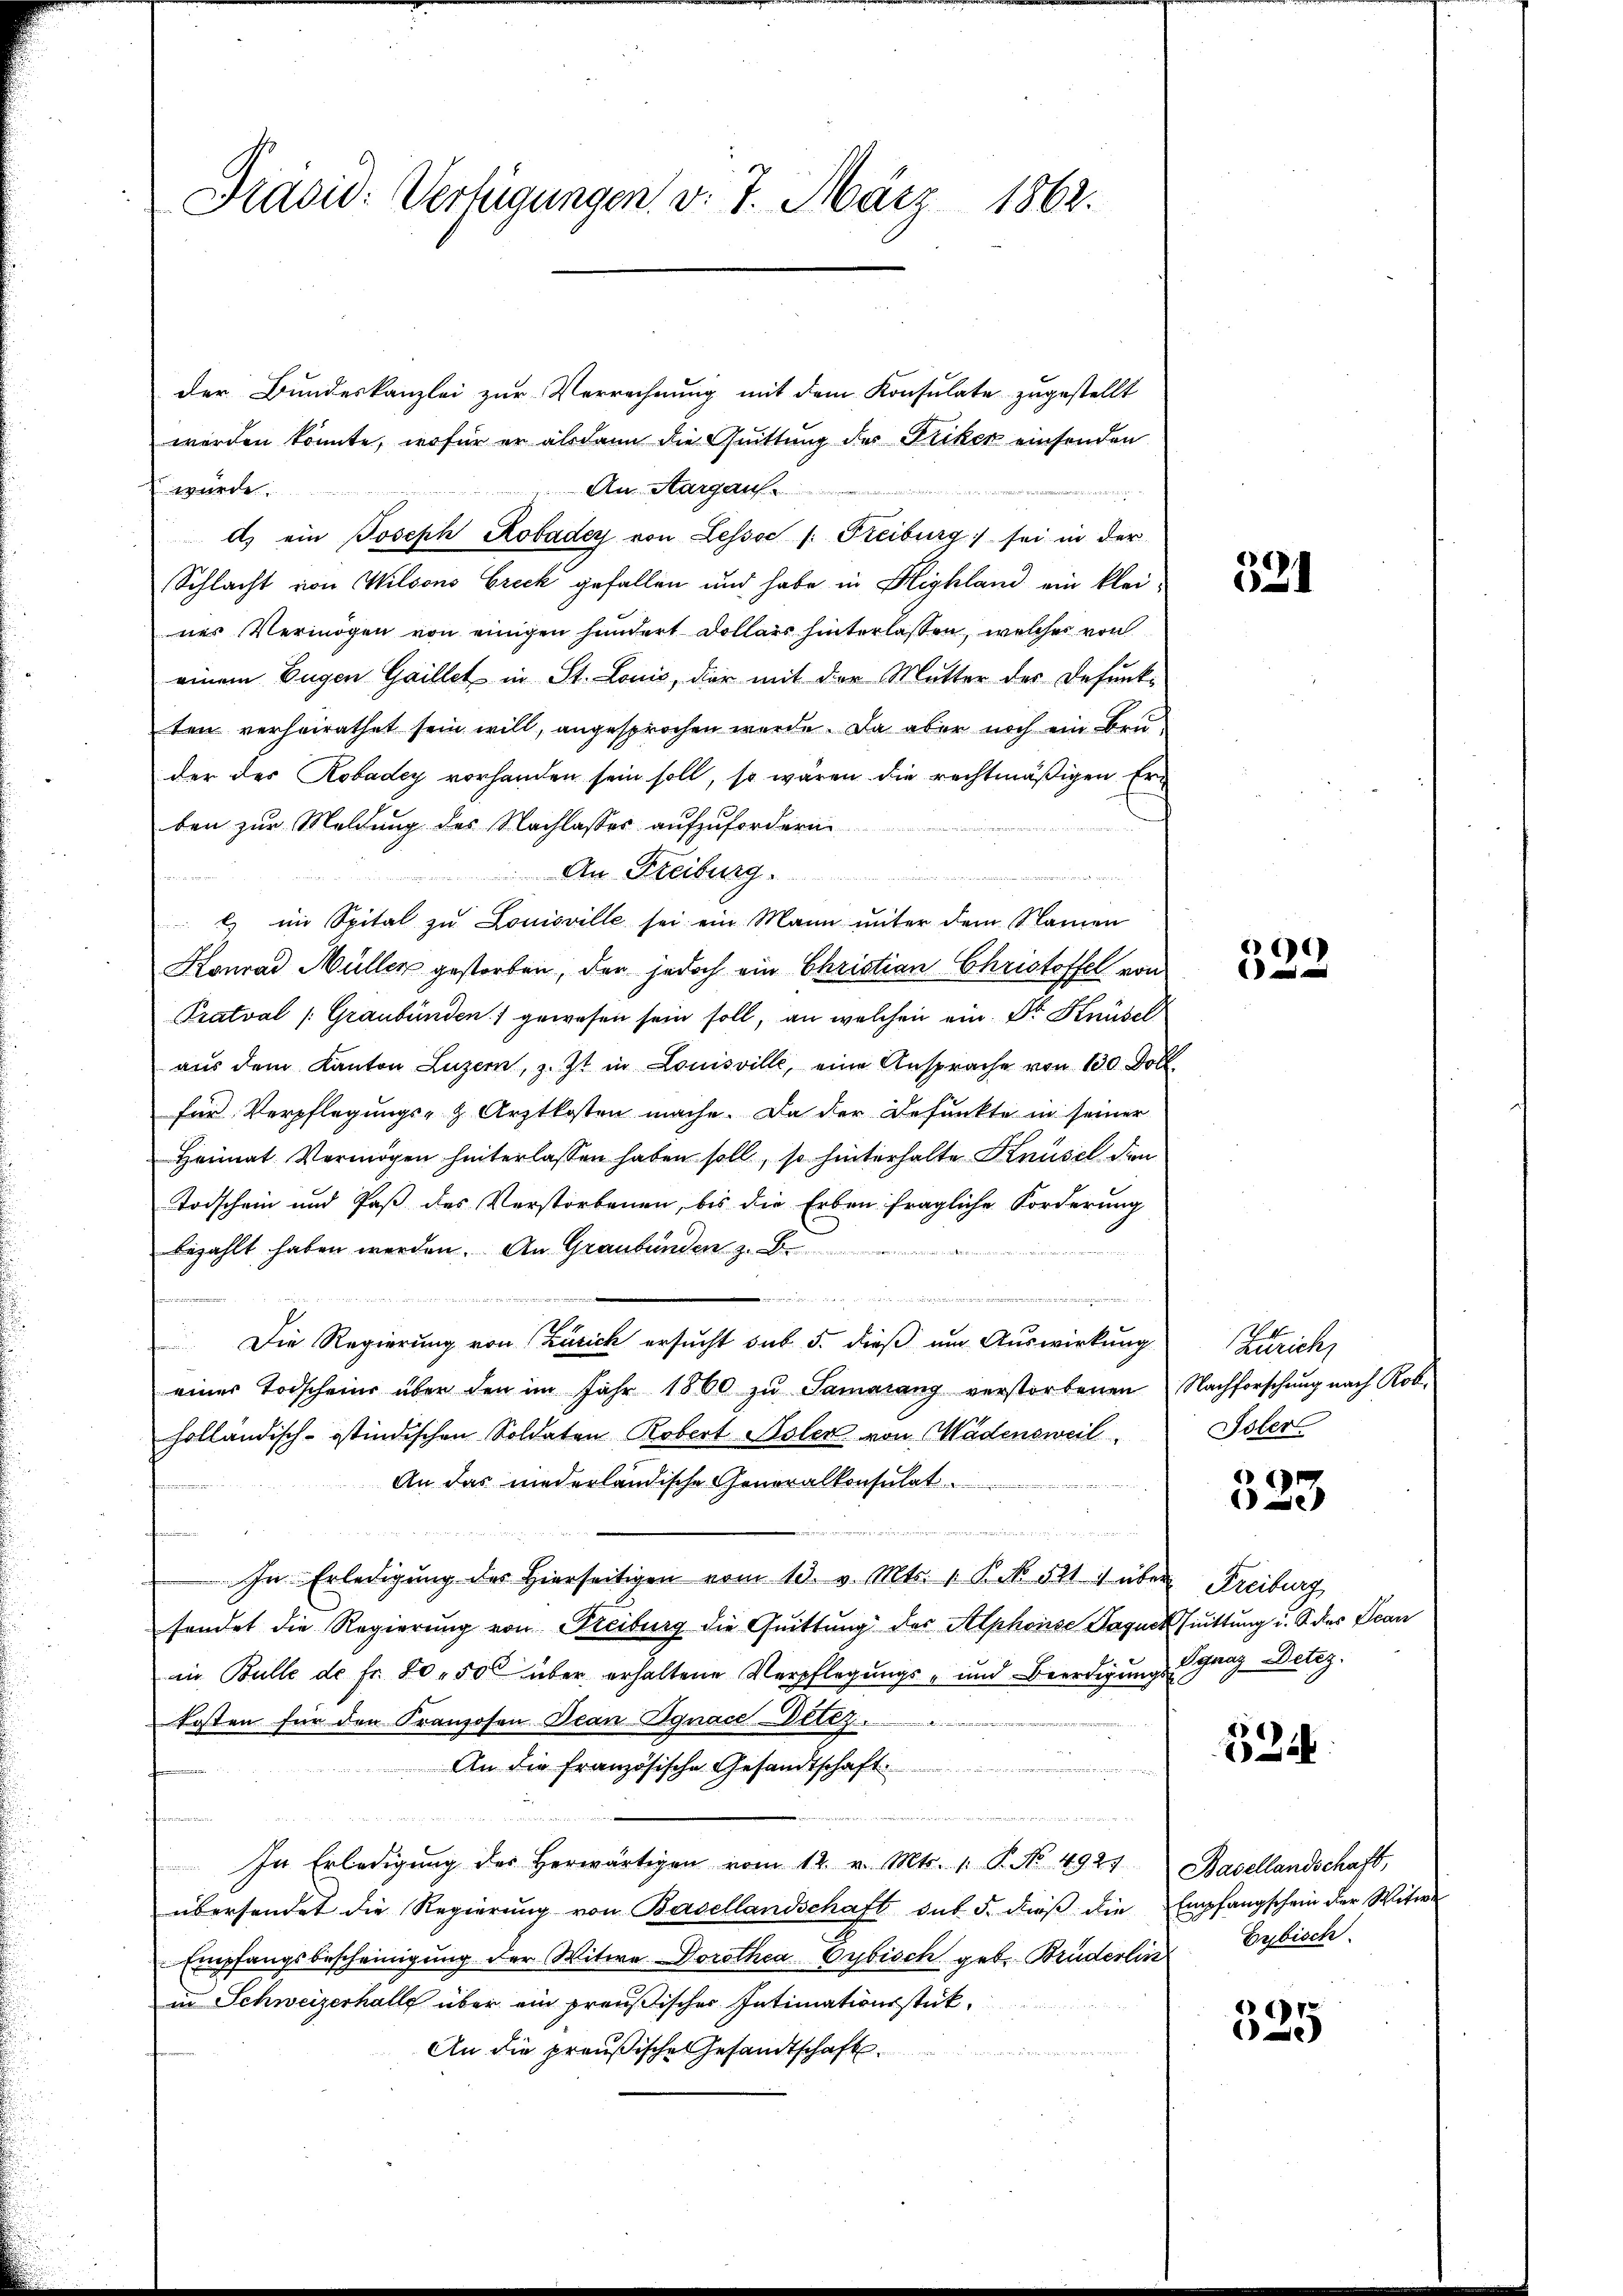
Prasid: Verfügungen v. 7. März 1862.

der Bundeskanzlei zur Verrechnung mit dem Konsulate zugestellt
worden könnte, wofür er alsdann die Quittung des Friker einsenden
An Aargau
wurde.

d) ein Joseph Robadey von Lessoc /: Freiburg) sei in der
Schlacht von Wilsons Creck gefallen und habe in Highland ein kleines Vermögen von einigen hundert Dollars hinterlassen, welcher von
einem Eugen Gaillet in St. Louis, der mit der Mutter der Defunk-
ten verheirathet sein will, angesprochen wurde. Da aber noch ein Bruder des Robadey vorhanden sein soll, so wären die rechtmäßigen Erben zur Meldung des Nachlasses aufzufordern
An Freiburg.
e
a
) im Spital zu Louisville sei ein Mann unter dem Namen
Konrad Müller gestorben, der jedoch ein Christian Christoffel von
Pratval (Graubünden 1 gewesen sein soll, an welchen ein Dr Knüsel
aus dem Kanton Luzern, Zt in Louisville, eine Ansprache von 130 Doll
für Verpflegungs- & Arztkosten mache. Da der Befunkte in seiner
Heimat Vermögen hinterlassen haben soll, so hinterhalte Knüsel den
Todschein und Paß des Verstorbenen, bis die Erben fragliche Forderung
bezahlt haben werden. An Graubünden z. B.
ekam er in und einen wir
Die Regierung von Zusick ersucht sub 5. dieß um Auswirkung
einer Todscheine über den im Jahr 1860 zŭ Samerang verstorbenen Nachforschung nach Rob
holländisch-ostindischen Soldaten Robert Solen von Wädensweil
An das niederländische Generalkonsulat
n
In Erledigung des Hierseitigen vom 13. v. Mts. 1 Pk 521 f über Freiburg
sendet die Regierung von Freiburg die Quittung des Alphonse Jaguck fuittung u. S. des Jean
in Bulle de fr. 80. 500 über erhaltene Verpflegungs- und Beerdigung Ignaz Detez.
kosten für den Franzosen Jean Egnace-Bettz
An die französische Gesandtschaft
tidee d
In Erledigung des herwärtigen vom 12. v. Mts. 1. P. No. 4927
übersendet die Regierung von Basellandschaft des 5. dieß die Empfangschein der Witwe
Empfangsbescheinigung der Witwe Dorothea Vybisch geb. Brüderlin Eybisch
in Schweizerhalle über ein preußischer Intimationsstük¬
An die preußische Gesandtschaft.

321

522

Zutrich,
Isler

323

524.

Basellandschaft,

15
)